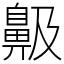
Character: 䶋